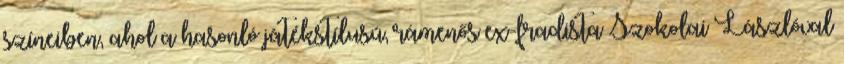
színeiben, ahol a hasonló játékstílusú, rámenős ex-fradista Szokolai Lászlóval